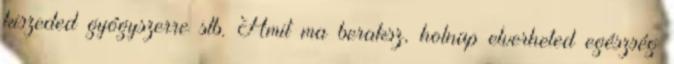
kiszeded gyógyszerre stb. Amit ma beraksz, holnap elverheted egészség